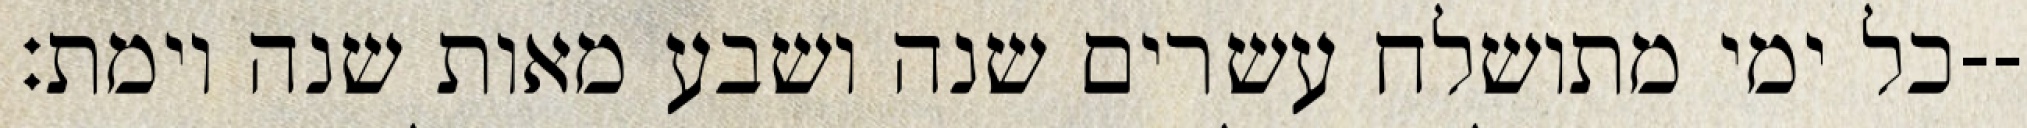
כל ימי מתושלח עשרים שנה ושבע מאות שנה וימת׃--